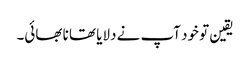
یقین تو خود آپ نے دلایا تھا نا بھائی۔